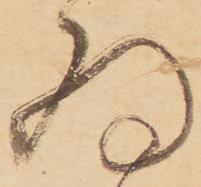
為